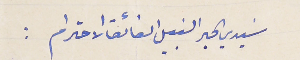
سَيدي الحبر النبيل الفائق الاحترام :